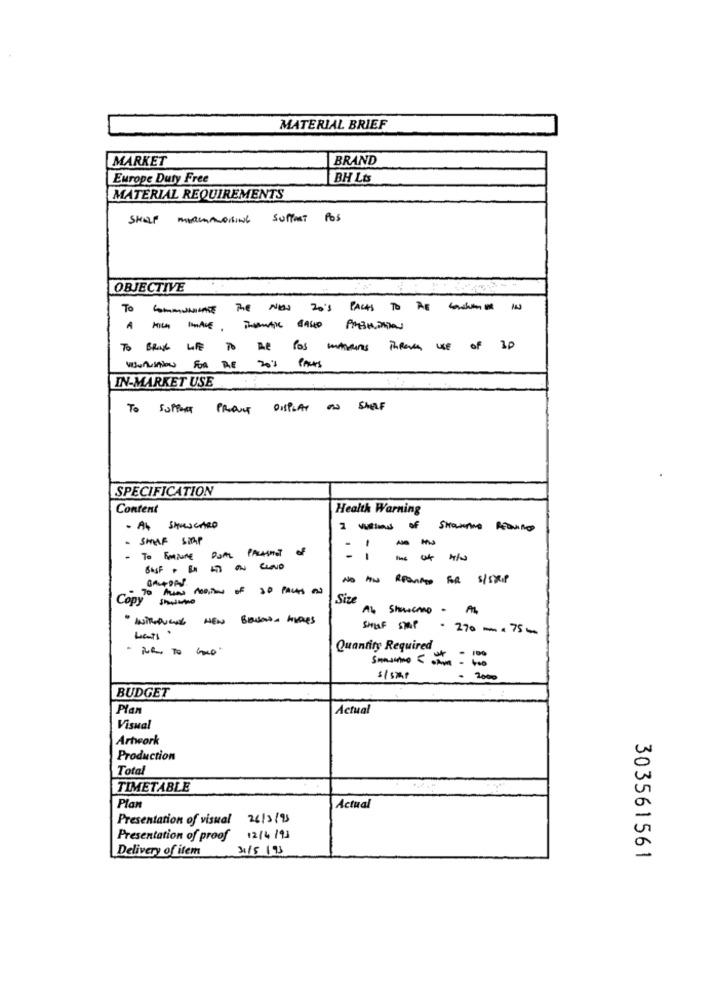
MATERIAL BRIEF
MARKET
BRAND
Europe Duty Free
BH Lts
MATERIAL REQUIREMENTS
SufferT Pos
OBJECTIVE
To
COMMUNICATE The NEW 20'S PACKS TO BEAN
VISUALISATION FOR RE 20'S PACKS
IN-MARKET USE
To SUPPORT PRODUCT DISPLAY ON SHELF
SPECIFICATION
Content
Health Warning
- AK SHUSCARD
1 wof
- SMALL STEP
--
- To EMAURE DUAL PARASHOT OF
-- -
Copy Shave
Size Showcano -
SHELF STAP
. 270 x 75 0
. BR To Go"
Quantity Required
smaO <----
- 2000
BUDGET
Plan
Actual
Visual
Artwork
Production
0
Total
TIMETABLE
л
Plan
Actual
Presentation of visual 26/3/9)
Presentation of proof 12/4/91
Delivery of ifem
31/5 /93
303561561